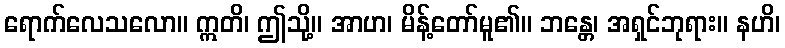
ရောက်လေသလော။ ဣတိ၊ ဤသို့။ အာဟ၊ မိန့်တော်မူ၏။ ဘန္တေ၊ အရှင်ဘုရား။ နဟိ၊